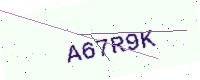
Text: A67R9K